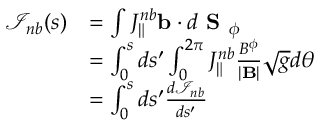
\begin{array} { r l } { \mathcal { I } _ { n b } ( s ) } & { = \int { J _ { \| } ^ { n b } \mathbf { b } \cdot d \textbf { S } _ { \phi } } } \\ & { = \int _ { 0 } ^ { s } d s ^ { \prime } \int _ { 0 } ^ { 2 \pi } { J _ { \| } ^ { n b } \frac { B ^ { \phi } } { | \mathbf { B } | } \sqrt { g } d \theta } } \\ & { = \int _ { 0 } ^ { s } d s ^ { \prime } \frac { d \mathcal { I } _ { n b } } { d s ^ { \prime } } } \end{array}